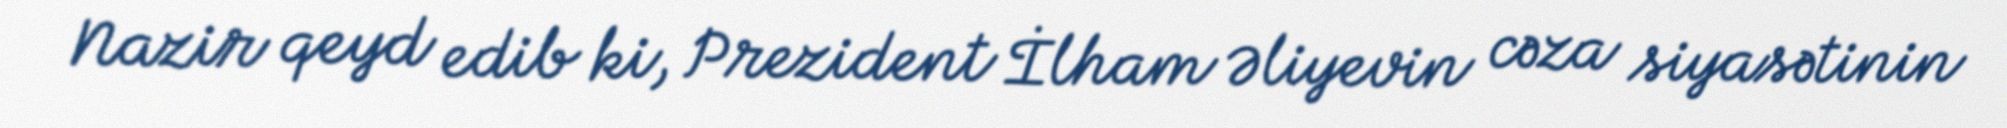
Nazir qeyd edib ki, Prezident İlham Əliyevin cəza siyasətinin